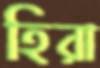
হিরা